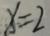
x = 2